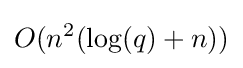
O(n^{2}(\log(q)+n))